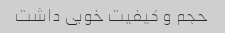
حجم و کیفیت خوبی داشت